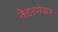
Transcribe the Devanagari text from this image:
नेडरमेयर